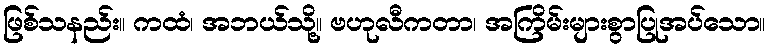
ဖြစ်သနည်း။ ကထံ၊ အဘယ်သို့။ ဗဟုလီကတာ၊ အကြိမ်းများစွာပြုအပ်သော။